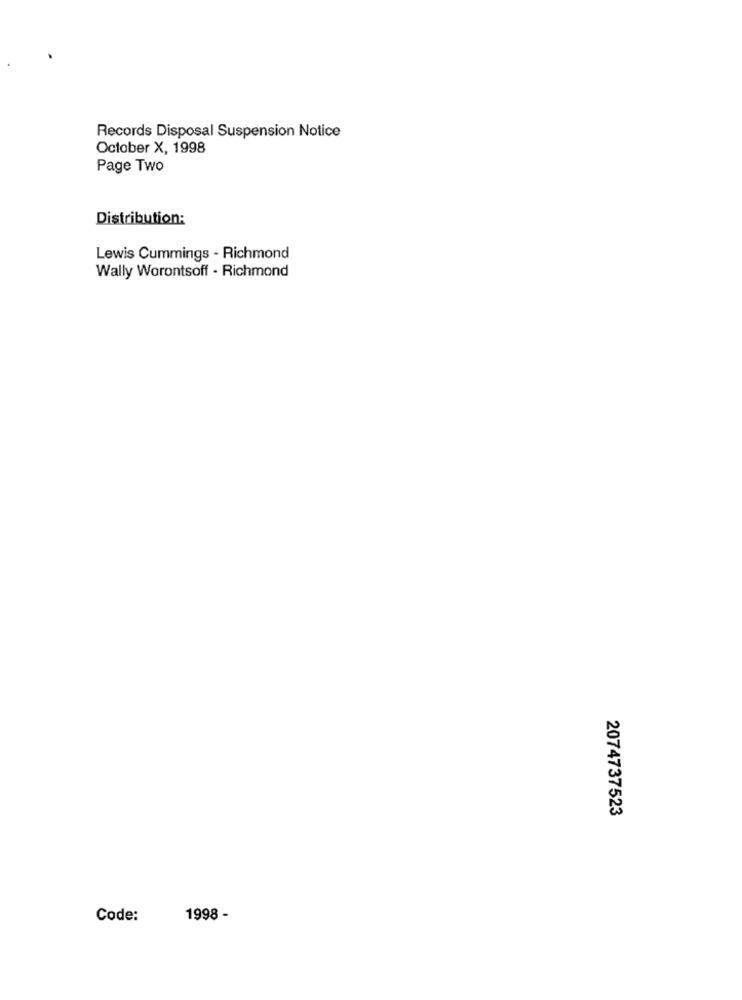
Records Disposal Suspension Notice
October X, 1998
Page Two
Distribution:
Lewis Cummings - Richmond
Wally Worontsoff - Richmond
2074737523
Code:
1998 -